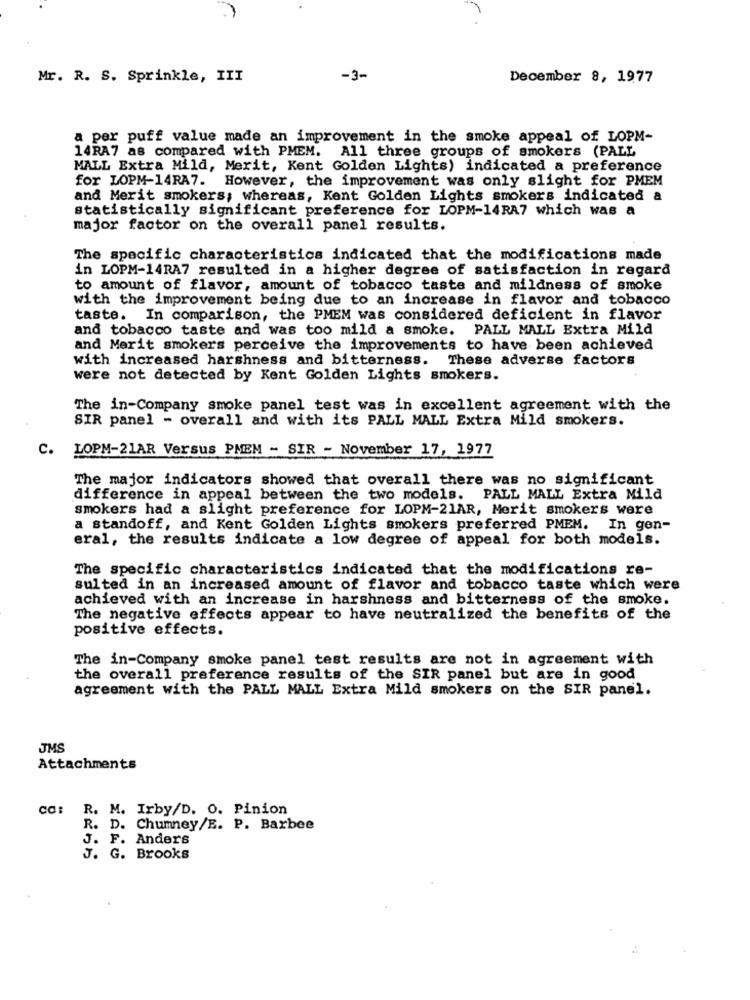
Mr. R. S. Sprinkle, III
-3-
December 8, 1977
a per puff value made an improvement in the smoke appeal of LOPM-
14RA7 as compared with PMEM. All three groups of smokers (PALL
MALL Extra Mild, Merit, Kent Golden Lights) indicated a preference
for LOPM-14RA7.
However, the improvement was only slight for PMEM
and Merit smokers; whereas, Kent Golden Lights smokers indicated a
statistically significant preference for LOPM-14RA7 which was a
major factor on the overall panel results.
The specific characteristics indicated that the modifications made
in LOPM-14RA7 resulted in a higher degree of satisfaction in regard
to amount of flavor, amount of tobacco taste and mildness of smoke
with the improvement being due to an increase in flavor and tobacco
taste. In comparison, the PMEM was considered deficient in flavor
and tobacco taste and was too mild a smoke. PALL MALL Extra Mild
and Merit smokers perceive the improvements to have been achieved
with increased harshness and bitterness. These adverse factors
were not detected by Kent Golden Lights smokers.
The in-Company smoke panel test was in excellent agreement with the
SIR panel - overall and with its PALL MALL Extra Mild smokers.
C.
LOPM-21AR Versus PMEM - SIR - November 17, 1977
The major indicators showed that overall there was no significant
difference in appeal between the two models. PALL MALL Extra Mild
smokers had a slight preference for LOPM-21AR, Merit smokers were
a standoff, and Kent Golden Lights smokers preferred PMEM. In gen-
eral, the results indicate a low degree of appeal for both models.
The specific characteristics indicated that the modifications re-
sulted in an increased amount of flavor and tobacco taste which were
achieved with an increase in harshness and bitterness of the smoke.
The negative effects appear to have neutralized the benefits of the
positive effects.
The in-Company smoke panel test results are not in agreement with
the overall preference results of the SIR panel but are in good
agreement with the PALL MALL Extra Mild smokers on the SIR panel.
JMS
Attachments
CC: R. M. Irby/D. O. Pinion
R. D. Chumney/E. P. Barbee
J. F. Anders
J. G. Brooks